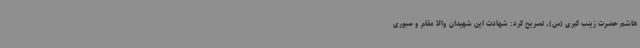
هاشم حضرت زینب کبری (س)، تصریح کرد: شهادت این شهیدان والا مقام و صبوری